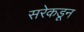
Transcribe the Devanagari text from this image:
सरेकडून